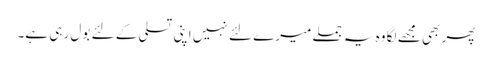
پھر بھی مجھے لگا وہ یہ جملے میرے لئے نہیں اپنی تسلی کے لئے بول رہی ہے۔